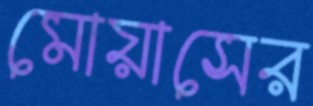
মোয়াসের